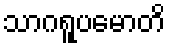
သာဂရူပမောတိ